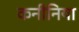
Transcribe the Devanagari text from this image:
कनीनिया